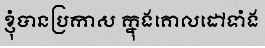
ខ្ញុំបានប្រកាស ក្នុងគោលដៅទាំង